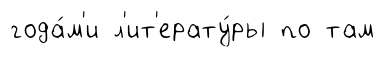
года́м'и л'ит'ерату́ры по там